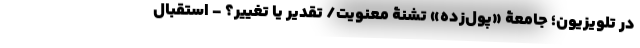
در تلویزیون؛ جامعۀ «پول‌زده» تشنۀ معنویت/ تقدیر یا تغییر؟ - استقبال